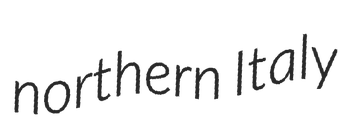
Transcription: northern Italy